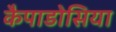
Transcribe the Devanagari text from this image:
कैपाडोसिया